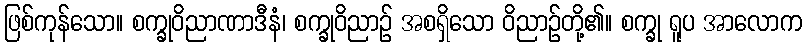
ဖြစ်ကုန်သော။ စက္ခုဝိညာဏာဒီနံ၊ စက္ခုဝိညာဉ် အစရှိသော ဝိညာဉ်တို့၏။ စက္ခု ရူပ အာလောက